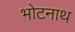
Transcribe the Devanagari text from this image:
भोटनाथ